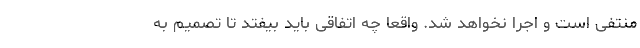
منتفی است و اجرا نخواهد شد. واقعا چه اتفاقی باید بیفتد تا تصمیم به